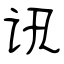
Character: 讯